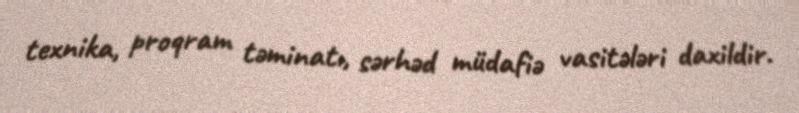
texnika, proqram təminatı, sərhəd müdafiə vasitələri daxildir.